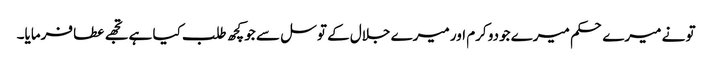
تو نے میرے حکم میرے جودو کرم اور میرے جلال کے توسل سے جو کچھ طلب کیا ہے تجھے عطا فرمایا۔